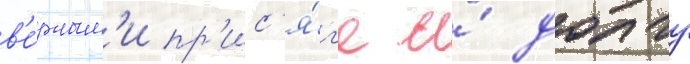
в'е́рным'и пр'ис'я́г'е и́ долгу